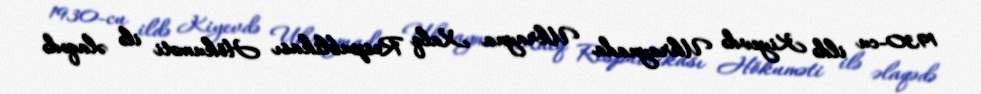
1930-cu ildə Kiyevdə Ukraynada Ukrayna Xalq Respublikası Hökuməti ilə əlaqədə